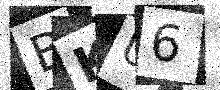
Text: BKU6